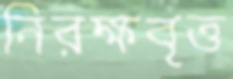
নিরক্ষবৃত্ত